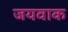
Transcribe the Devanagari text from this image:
जयवाक